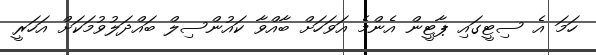
ހަމަ އެ ސިޓީގައި ޕާޓީން އެންމެ އަވަހަށް ބާއްވާ ކައުންސިލް ބައްދަލުވުމަކަށް އަހަރީ